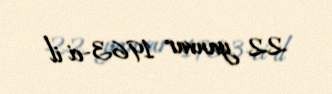
22 yanvar 1963-ci il